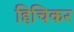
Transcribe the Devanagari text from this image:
हिचिकर